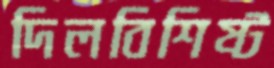
দিলবিশিষ্ট